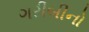
ગરીબીનો